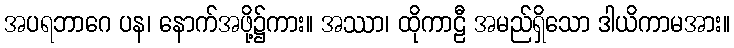
အပရဘာဂေ ပန၊ နောက်အဖို့၌ကား။ အဿာ၊ ထိုကာဠီ အမည်ရှိသော ဒါယိကာမအား။